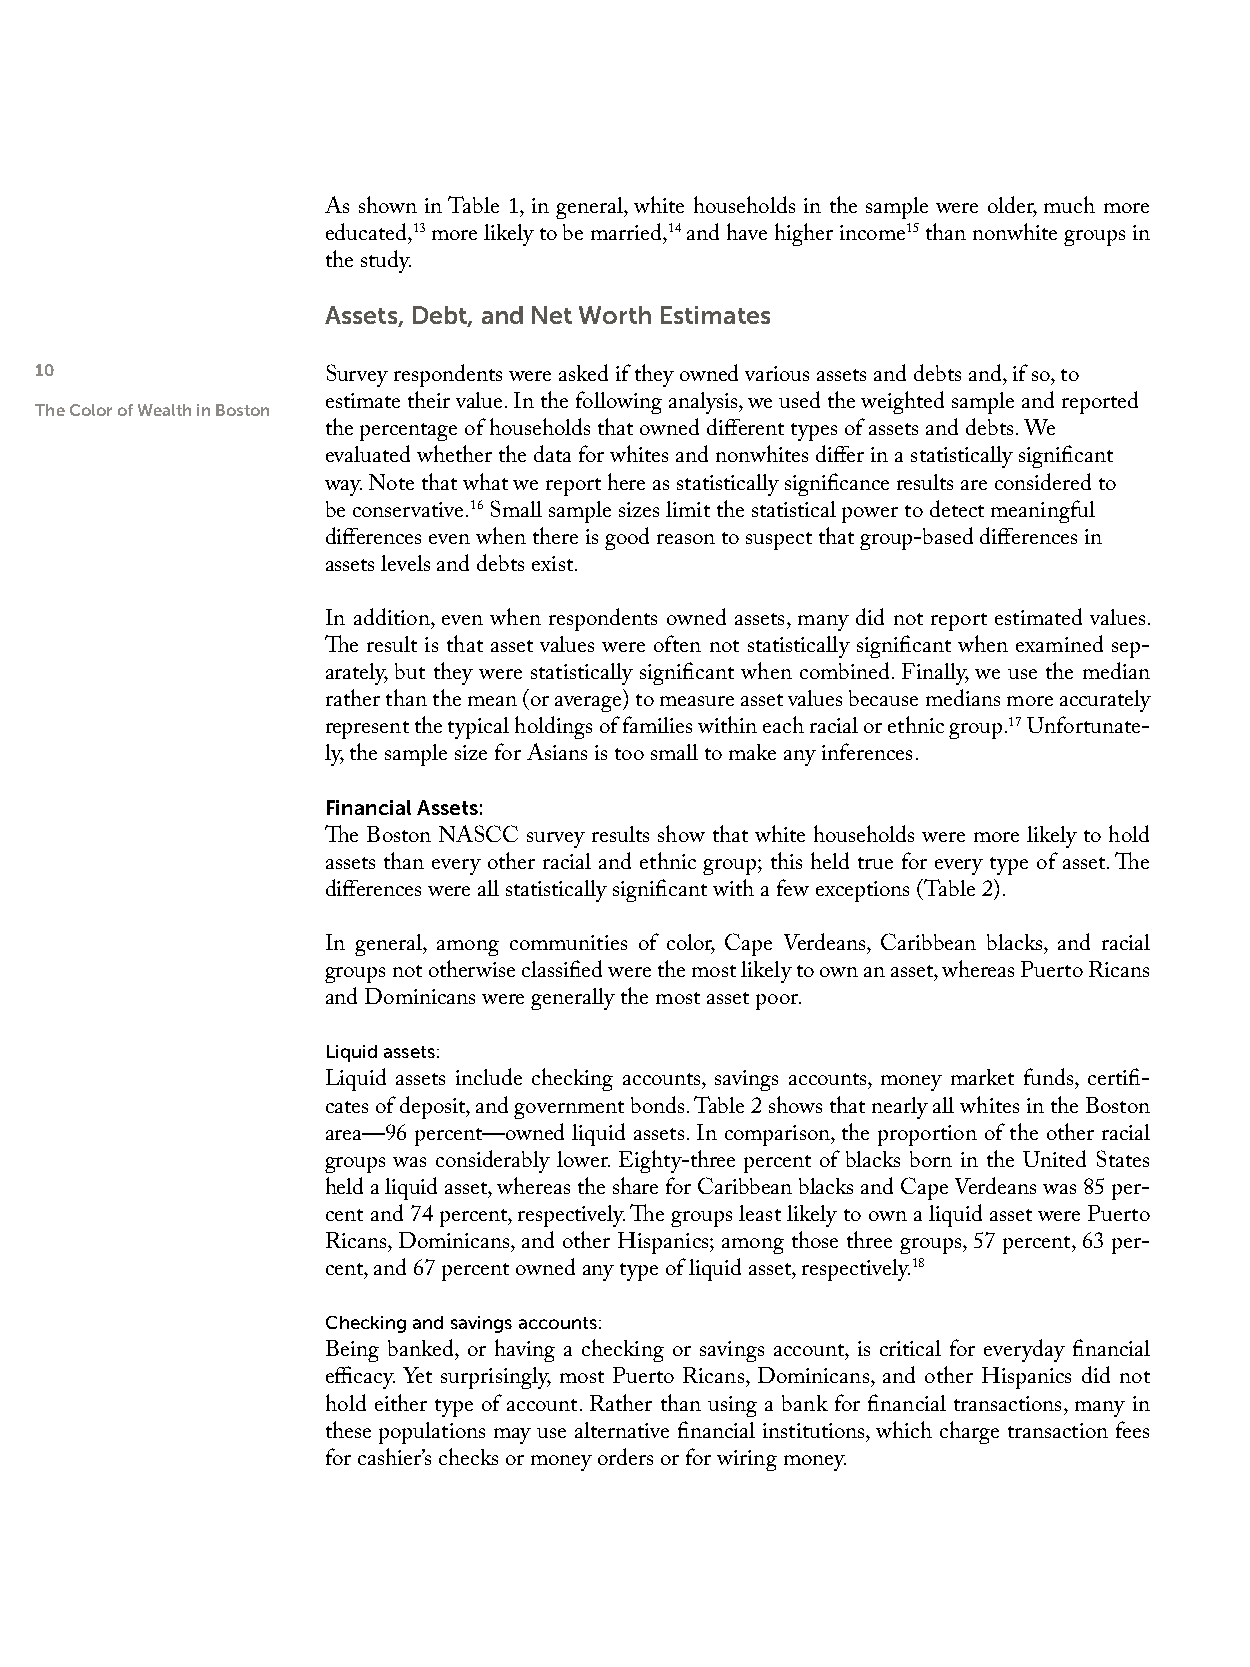
As shown in Table 1, in general, white households in the sample were older, much more
 educated,13 more likely to be married,14 and have higher income15 than nonwhite groups in
 the study.
 Assets, Debt, and Net Worth Estimates
 10
 Survey respondents were asked if they owned various assets and debts and, if so, to
 The Color of Wealth in Boston estimate their value. In the following analysis, we used the weighted sample and reported
 the percentage of households that owned different types of assets and debts. We
 evaluated whether the data for whites and nonwhites differ in a statistically significant
 way. Note that what we report here as statistically significance results are considered to
 be conservative.16 Small sample sizes limit the statistical power to detect meaningful
 differences even when there is good reason to suspect that group-based differences in
 assets levels and debts exist.
 In addition, even when respondents owned assets, many did not report estimated values.
 The result is that asset values were often not statistically significant when examined sep-
 arately, but they were statistically significant when combined. Finally, we use the median
 rather than the mean (or average) to measure asset values because medians more accurately
 represent the typical holdings of families within each racial or ethnic group.17 Unfortunate-
 ly, the sample size for Asians is too small to make any inferences.
 Financial Assets:
 The Boston NASCC survey results show that white households were more likely to hold
 assets than every other racial and ethnic group; this held true for every type of asset. The
 differences were all statistically significant with a few exceptions (Table 2).
 In general, among communities of color, Cape Verdeans, Caribbean blacks, and racial
 groups not otherwise classified were the most likely to own an asset, whereas Puerto Ricans
 and Dominicans were generally the most asset poor.
 Liquid assets:
 Liquid assets include checking accounts, savings accounts, money market funds, certifi-
 cates of deposit, and government bonds. Table 2 shows that nearly all whites in the Boston
 area—96 percent—owned liquid assets. In comparison, the proportion of the other racial
 groups was considerably lower. Eighty-three percent of blacks born in the United States
 held a liquid asset, whereas the share for Caribbean blacks and Cape Verdeans was 85 per-
 cent and 74 percent, respectively. The groups least likely to own a liquid asset were Puerto
 Ricans, Dominicans, and other Hispanics; among those three groups, 57 percent, 63 per-
 cent, and 67 percent owned any type of liquid asset, respectively.18
 Checking and savings accounts:
 Being banked, or having a checking or savings account, is critical for everyday financial
 efficacy. Yet surprisingly, most Puerto Ricans, Dominicans, and other Hispanics did not
 hold either type of account. Rather than using a bank for financial transactions, many in
 these populations may use alternative financial institutions, which charge transaction fees
 for cashier’s checks or money orders or for wiring money.